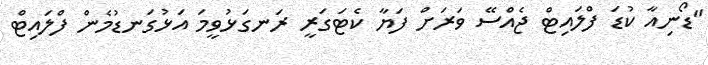
"ޑޯނިއާ ކުޑަ ފްލައިޓް ޖެއްސޭ ވަރަށް ފަޔާ ކެޓަގަރީ ރަނގަޅުވީމަ އަޅުގަނޑުމެން ފްލައިޓް